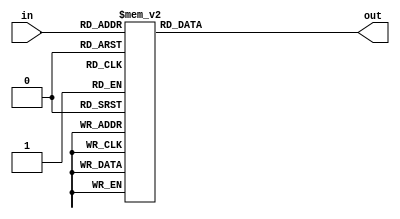
module decoder_5_32 (
    input wire [4:0] in,
    output reg [31:0] out
);
    always @ (*) begin
        case(in)
            5'd00:begin out=32'b00000000000000000000000000000001; end
            5'd01:begin out=32'b00000000000000000000000000000010; end
            5'd02:begin out=32'b00000000000000000000000000000100; end
            5'd03:begin out=32'b00000000000000000000000000001000; end
            5'd04:begin out=32'b00000000000000000000000000010000; end
            5'd05:begin out=32'b00000000000000000000000000100000; end
            5'd06:begin out=32'b00000000000000000000000001000000; end
            5'd07:begin out=32'b00000000000000000000000010000000; end
            5'd08:begin out=32'b00000000000000000000000100000000; end
            5'd09:begin out=32'b00000000000000000000001000000000; end
            5'd10:begin out=32'b00000000000000000000010000000000; end
            5'd11:begin out=32'b00000000000000000000100000000000; end
            5'd12:begin out=32'b00000000000000000001000000000000; end
            5'd13:begin out=32'b00000000000000000010000000000000; end
            5'd14:begin out=32'b00000000000000000100000000000000; end
            5'd15:begin out=32'b00000000000000001000000000000000; end
            5'd16:begin out=32'b00000000000000010000000000000000; end
            5'd17:begin out=32'b00000000000000100000000000000000; end
            5'd18:begin out=32'b00000000000001000000000000000000; end
            5'd19:begin out=32'b00000000000010000000000000000000; end
            5'd20:begin out=32'b00000000000100000000000000000000; end
            5'd21:begin out=32'b00000000001000000000000000000000; end
            5'd22:begin out=32'b00000000010000000000000000000000; end
            5'd23:begin out=32'b00000000100000000000000000000000; end
            5'd24:begin out=32'b00000001000000000000000000000000; end
            5'd25:begin out=32'b00000010000000000000000000000000; end
            5'd26:begin out=32'b00000100000000000000000000000000; end
            5'd27:begin out=32'b00001000000000000000000000000000; end
            5'd28:begin out=32'b00010000000000000000000000000000; end
            5'd29:begin out=32'b00100000000000000000000000000000; end
            5'd30:begin out=32'b01000000000000000000000000000000; end
            5'd31:begin out=32'b10000000000000000000000000000000; end
            default:begin
                out=32'b0;
            end
        endcase
    end
endmodule